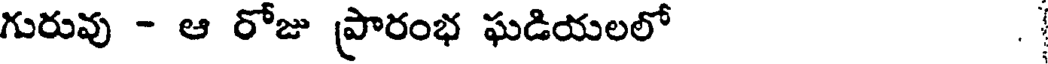
గురువు - ఆ రోజు ప్రారంభ ఘడియలలో .